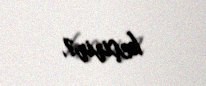
keçirir?.